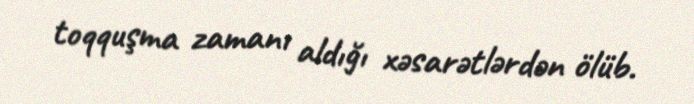
toqquşma zamanı aldığı xəsarətlərdən ölüb.